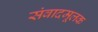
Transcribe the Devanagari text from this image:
संवादमूलक